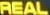
REAL